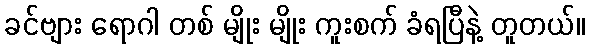
ခင်ဗျား ရောဂါ တစ် မျိုး မျိုး ကူးစက် ခံရပြီနဲ့ တူတယ်။